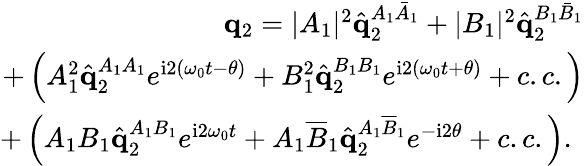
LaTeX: \begin{array}{r}{\mathbf{q}_{2}=|A_{1}|^{2}\hat{\mathbf{q}}_{2}^{A_{1}\bar{A}_{1}}+|B_{1}|^{2}\hat{\mathbf{q}}_{2}^{B_{1}\bar{B}_{1}}}\\ {+\left(A_{1}^{2}\hat{\mathbf{q}}_{2}^{A_{1}A_{1}}e^{\mathrm{i}2\left(\omega_{0}t-\theta\right)}+B_{1}^{2}\hat{\mathbf{q}}_{2}^{B_{1}B_{1}}e^{\mathrm{i}2\left(\omega_{0}t+\theta\right)}+c.c.\right)}\\ {+\left(A_{1}B_{1}\hat{\mathbf{q}}_{2}^{A_{1}B_{1}}e^{\mathrm{i}2\omega_{0}t}+A_{1}\overline{{B}}_{1}\hat{\mathbf{q}}_{2}^{A_{1}\overline{{B}}_{1}}e^{-\mathrm{i}2\theta}+c.c.\right).\ }\end{array}